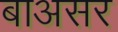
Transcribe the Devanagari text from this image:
बाअसर